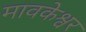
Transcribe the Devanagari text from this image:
मावकेश्वर